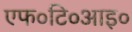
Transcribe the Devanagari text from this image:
एफ०टि०आइ०